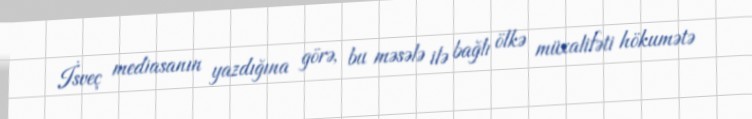
İsveç mediasanın yazdığına görə, bu məsələ ilə bağlı ölkə müxalifəti hökumətə